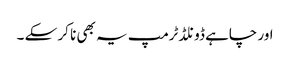
اور چاہے ڈونلڈ ٹرمپ یہ بھی نا کر سکے ۔